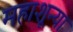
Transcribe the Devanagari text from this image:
महाशून्या